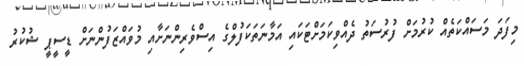
މިފަދަ މަސައްކަތެއް ކުރުމަށް ފުރުސަތު ދެއްވިކަމަށްޓަކައި އަމާނަތަކަފުލްގެ އިސްވެރިންނަށާއި މުވައްޒަފުންނަށް ޑީސީޕީ ޝުކުރު